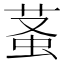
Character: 𧊬